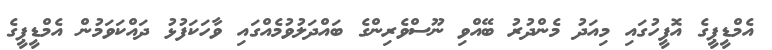
އެމްޑީޕީގެ އޮފީހުގައި މިއަދު މެންދުރު ބޭއްވި ނޫސްވެރިންގެ ބައްދަލުވުމެއްގައި ވާހަކަފުޅު ދައްކަވަމުން އެމްޑީޕީގެ